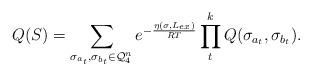
LaTeX: \begin{align*}Q (S)= \sum_{\sigma_{a_t}, \sigma_{b_t} \in \mathcal{Q}_4^n} e^{-\frac{\eta(\sigma, L_{ex})}{RT}} \prod_{t}^k Q (\sigma_{a_t}, \sigma_{b_t} ). \end{align*}